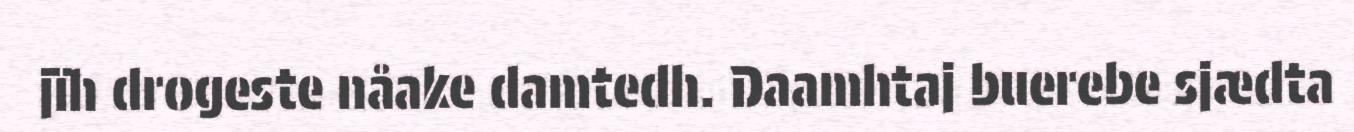
jïh drogeste nåake damtedh. Daamhtaj buerebe sjædta